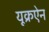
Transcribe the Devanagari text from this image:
यूक्रऐन